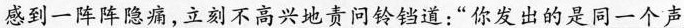
感到一阵阵隐痛，立刻不高兴地责问铃铛道：”你发出的是同一个声